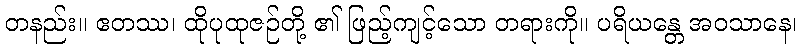
တနည်း။ ဧတဿ၊ ထိုပုထုဇဉ်တို့ ၏ ဖြည့်ကျင့်သော တရားကို။ ပရိယန္တေ အဝသာနေ၊